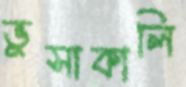
ভুসাকালি